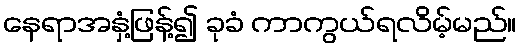
နေရာအနှံ့ဖြန့်၍ ခုခံ ကာကွယ်ရလိမ့်မည်။